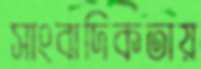
সাংবাদিকতায়